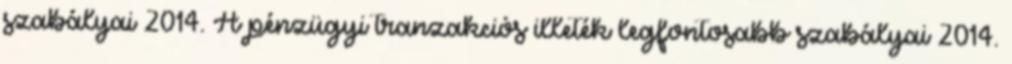
szabályai 2014. A pénzügyi tranzakciós illeték legfontosabb szabályai 2014.